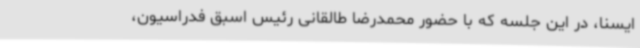
ایسنا، در این جلسه که با حضور محمدرضا طالقانی رئیس اسبق فدراسیون،